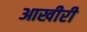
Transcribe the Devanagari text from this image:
आखीरी